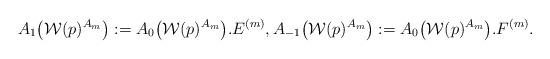
LaTeX: \begin{gather*}A_{1}\big(\mathcal{W}(p)^{A_m}\big):=A_{0}\big(\mathcal{W}(p)^{A_m}\big). E^{(m)},A_{-1}\big(\mathcal{W}(p)^{A_m}\big):=A_{0}\big(\mathcal{W}(p)^{A_m}\big). F^{(m)}.\end{gather*}